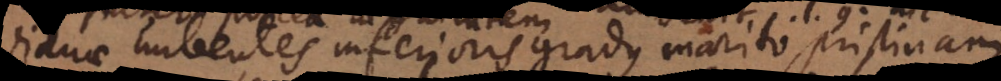
Viduae nubentes inferioris gradus marito pristinam